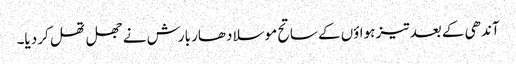
آندھی کے بعد تیز ہواؤں کے ساتح موسلا دھار بارش نے جھل تھل کر دیا۔